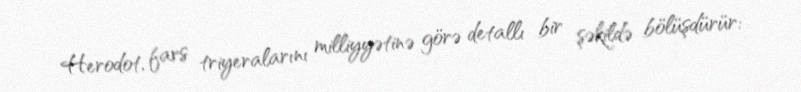
Herodot, fars triyeralarını milliyyətinə görə detallı bir şəkildə bölüşdürür: